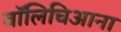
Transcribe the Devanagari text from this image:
वॉलिचिआना